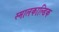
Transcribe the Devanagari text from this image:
स्मालकाल्डिक